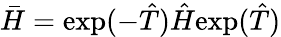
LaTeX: \bar{H}=\mathrm{exp}(-\hat{T})\hat{H}\mathrm{exp}(\hat{T})